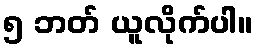
၅ ဘတ် ယူလိုက်ပါ။